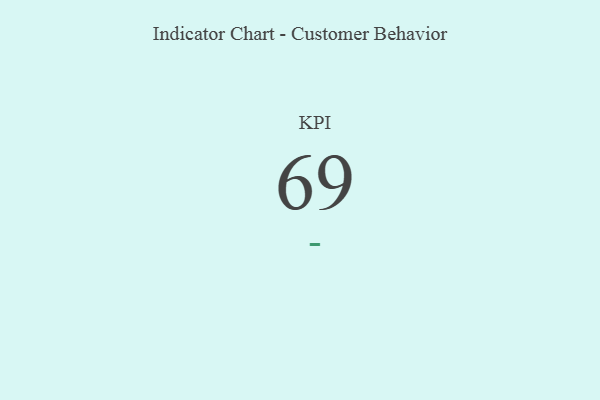
{"axis": {"x": "KPI", "y": "Value"}, "legend": [""], "data": [{"x": "KPI", "y": 69, "type": ""}]}